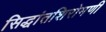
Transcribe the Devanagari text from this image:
सिद्धांतशिरोमणी